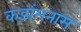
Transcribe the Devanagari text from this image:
कड़ांमनास